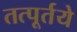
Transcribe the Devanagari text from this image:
तत्पूर्तये